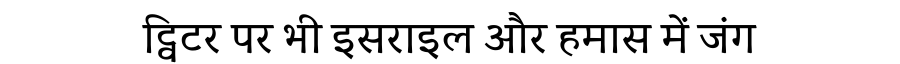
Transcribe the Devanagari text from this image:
ट्विटर पर भी इसराइल और हमास में जंग